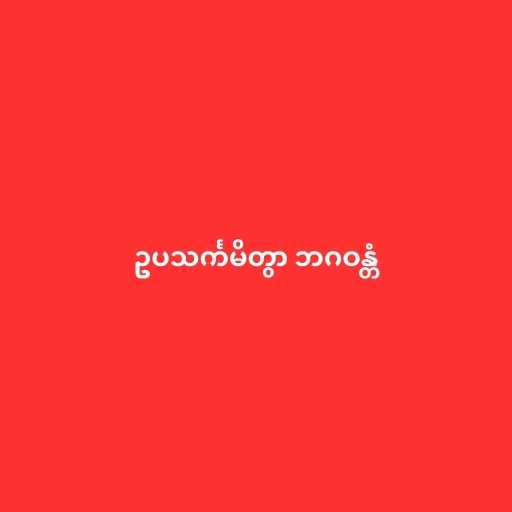
ဥပသင်္ကမိတွာ ဘဂဝန္တံ